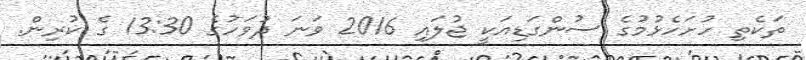
ތަކެތި ހުށަހެޅުމުގެ ސުންގަޑިއަކީ ޖުލައި 2016 ވަނަ ދުވަހުގެ 13:30 ގެ ކުރިން.